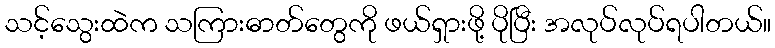
သင့်သွေးထဲက သကြားဓာတ်တွေကို ဖယ်ရှားဖို့ ပိုပြီး အလုပ်လုပ်ရပါတယ်။